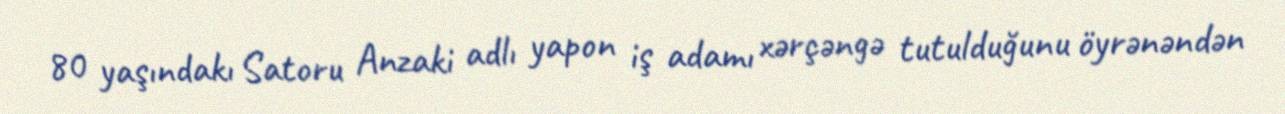
80 yaşındakı Satoru Anzaki adlı yapon iş adamı xərçəngə tutulduğunu öyrənəndən